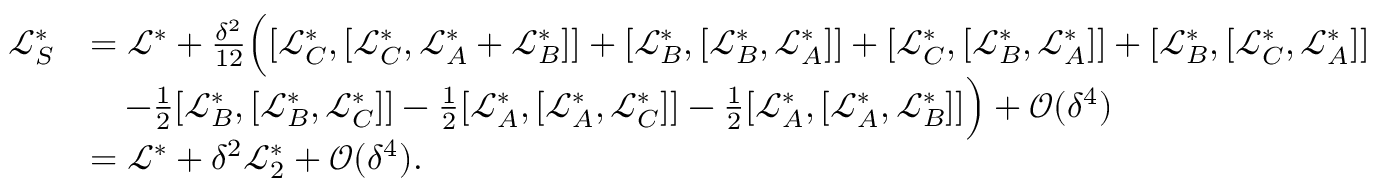
\begin{array} { r l } { \mathcal { L } _ { S } ^ { * } } & { = \mathcal { L } ^ { * } + \frac { \delta ^ { 2 } } { 1 2 } \Big ( [ \mathcal { L } _ { C } ^ { * } , [ \mathcal { L } _ { C } ^ { * } , \mathcal { L } _ { A } ^ { * } + \mathcal { L } _ { B } ^ { * } ] ] + [ \mathcal { L } _ { B } ^ { * } , [ \mathcal { L } _ { B } ^ { * } , \mathcal { L } _ { A } ^ { * } ] ] + [ \mathcal { L } _ { C } ^ { * } , [ \mathcal { L } _ { B } ^ { * } , \mathcal { L } _ { A } ^ { * } ] ] + [ \mathcal { L } _ { B } ^ { * } , [ \mathcal { L } _ { C } ^ { * } , \mathcal { L } _ { A } ^ { * } ] ] } \\ & { \quad - \frac { 1 } { 2 } [ \mathcal { L } _ { B } ^ { * } , [ \mathcal { L } _ { B } ^ { * } , \mathcal { L } _ { C } ^ { * } ] ] - \frac { 1 } { 2 } [ \mathcal { L } _ { A } ^ { * } , [ \mathcal { L } _ { A } ^ { * } , \mathcal { L } _ { C } ^ { * } ] ] - \frac { 1 } { 2 } [ \mathcal { L } _ { A } ^ { * } , [ \mathcal { L } _ { A } ^ { * } , \mathcal { L } _ { B } ^ { * } ] ] \Big ) + \mathcal { O } ( \delta ^ { 4 } ) } \\ & { = \mathcal { L } ^ { * } + \delta ^ { 2 } \mathcal { L } _ { 2 } ^ { * } + \mathcal { O } ( \delta ^ { 4 } ) . } \end{array}